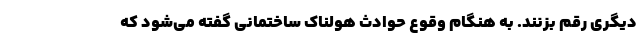
دیگری رقم بزنند. به هنگام وقوع حوادث هولناک ساختمانی گفته می‌شود که